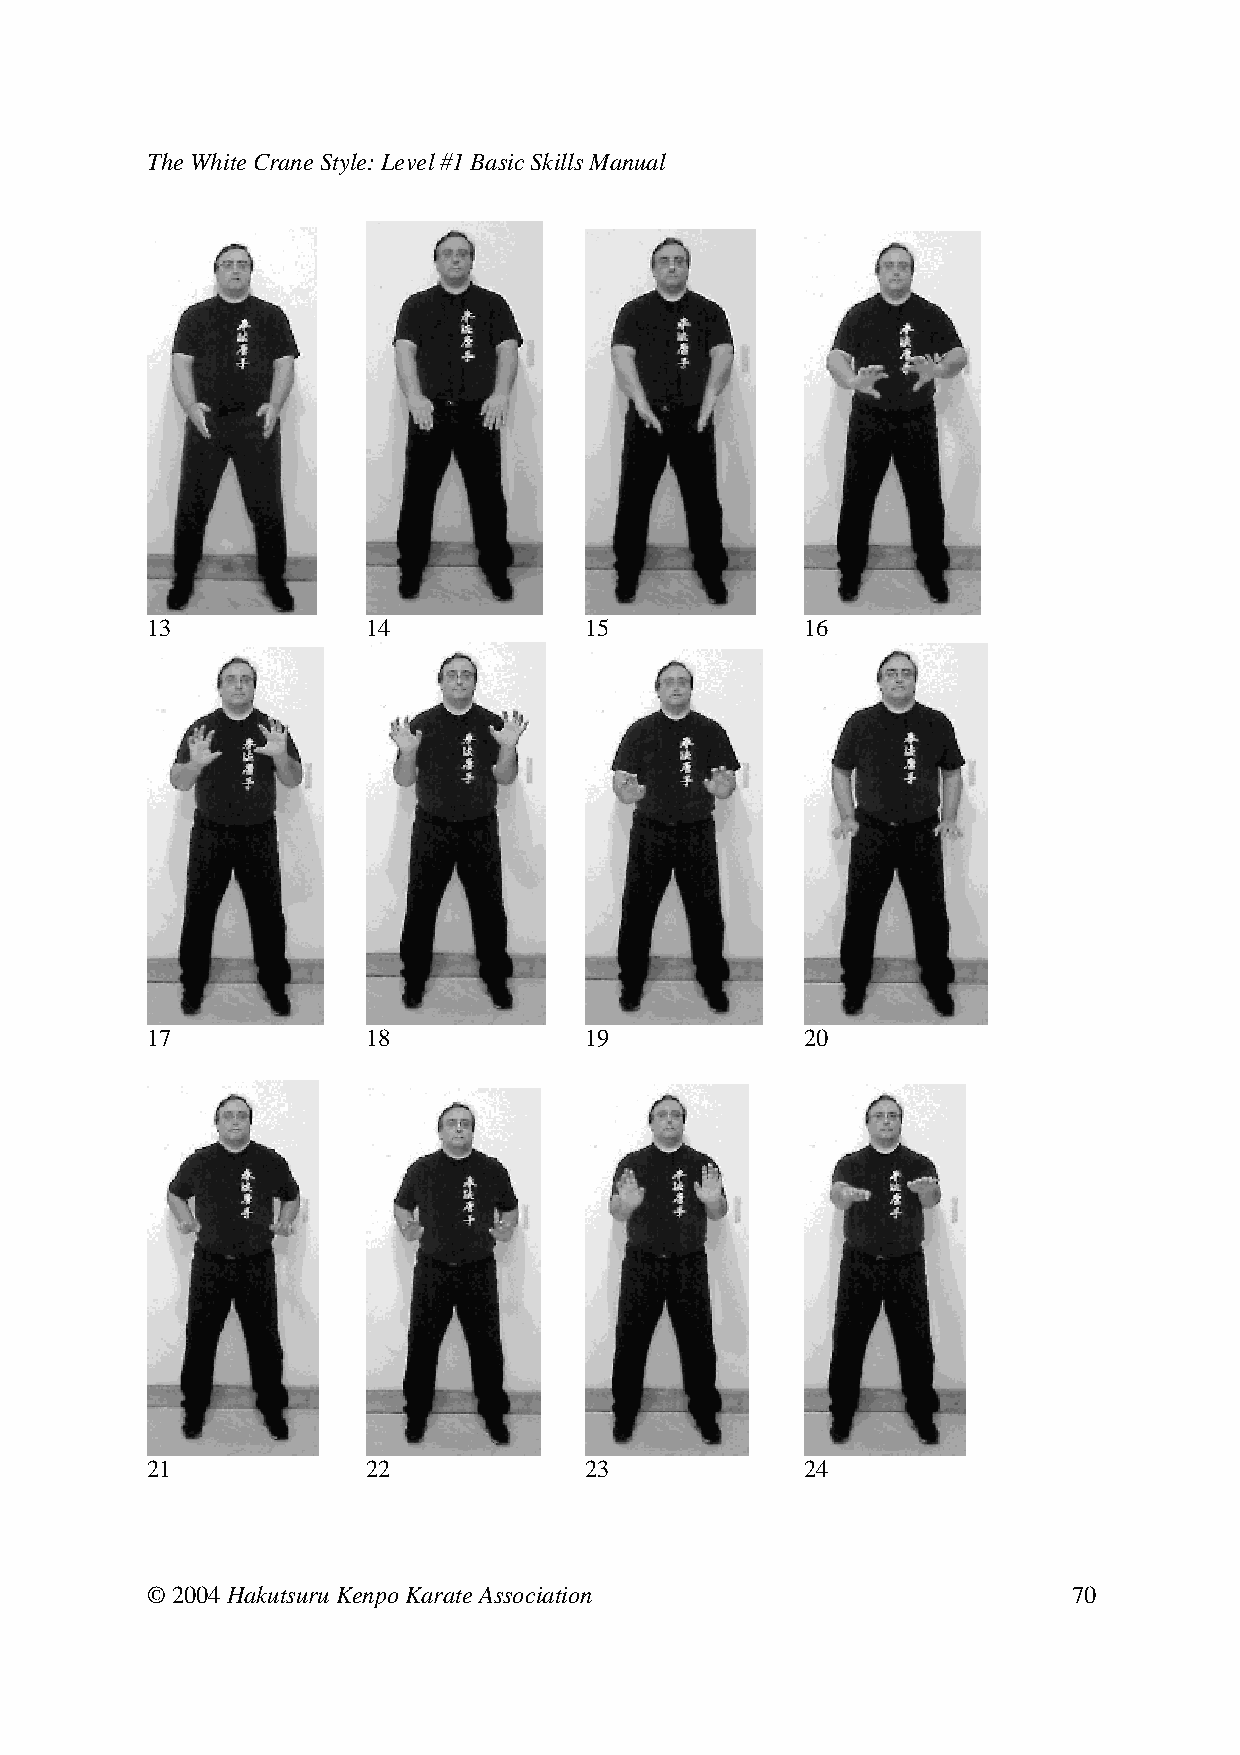
The White Crane Style: Level #1 Basic Skills Manual
 13     14     15      16
 17     18     19      20
 21     22     23      24
 © 2004 Hakutsuru Kenpo Karate Association                    70